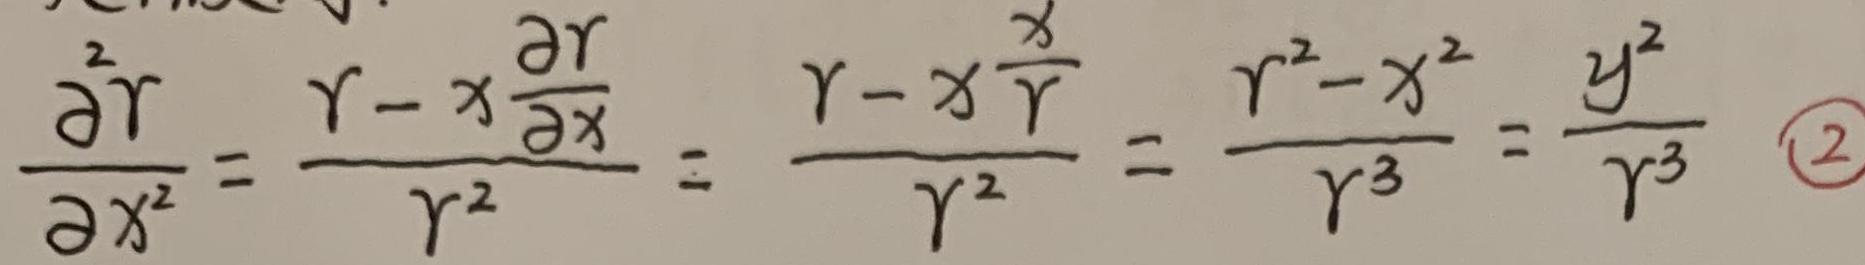
$\frac{\partial^{2} r}{\partial x^{2}}=\frac{r - x \frac{\partial r}{\partial x}}{r^{2}}=\frac{r - x \frac{x}{r}}{r^{2}}=\frac{r^{2}-x^{2}}{r^{3}}=\frac{y^{2}}{r^{3}}\quad\textcircled{2}$